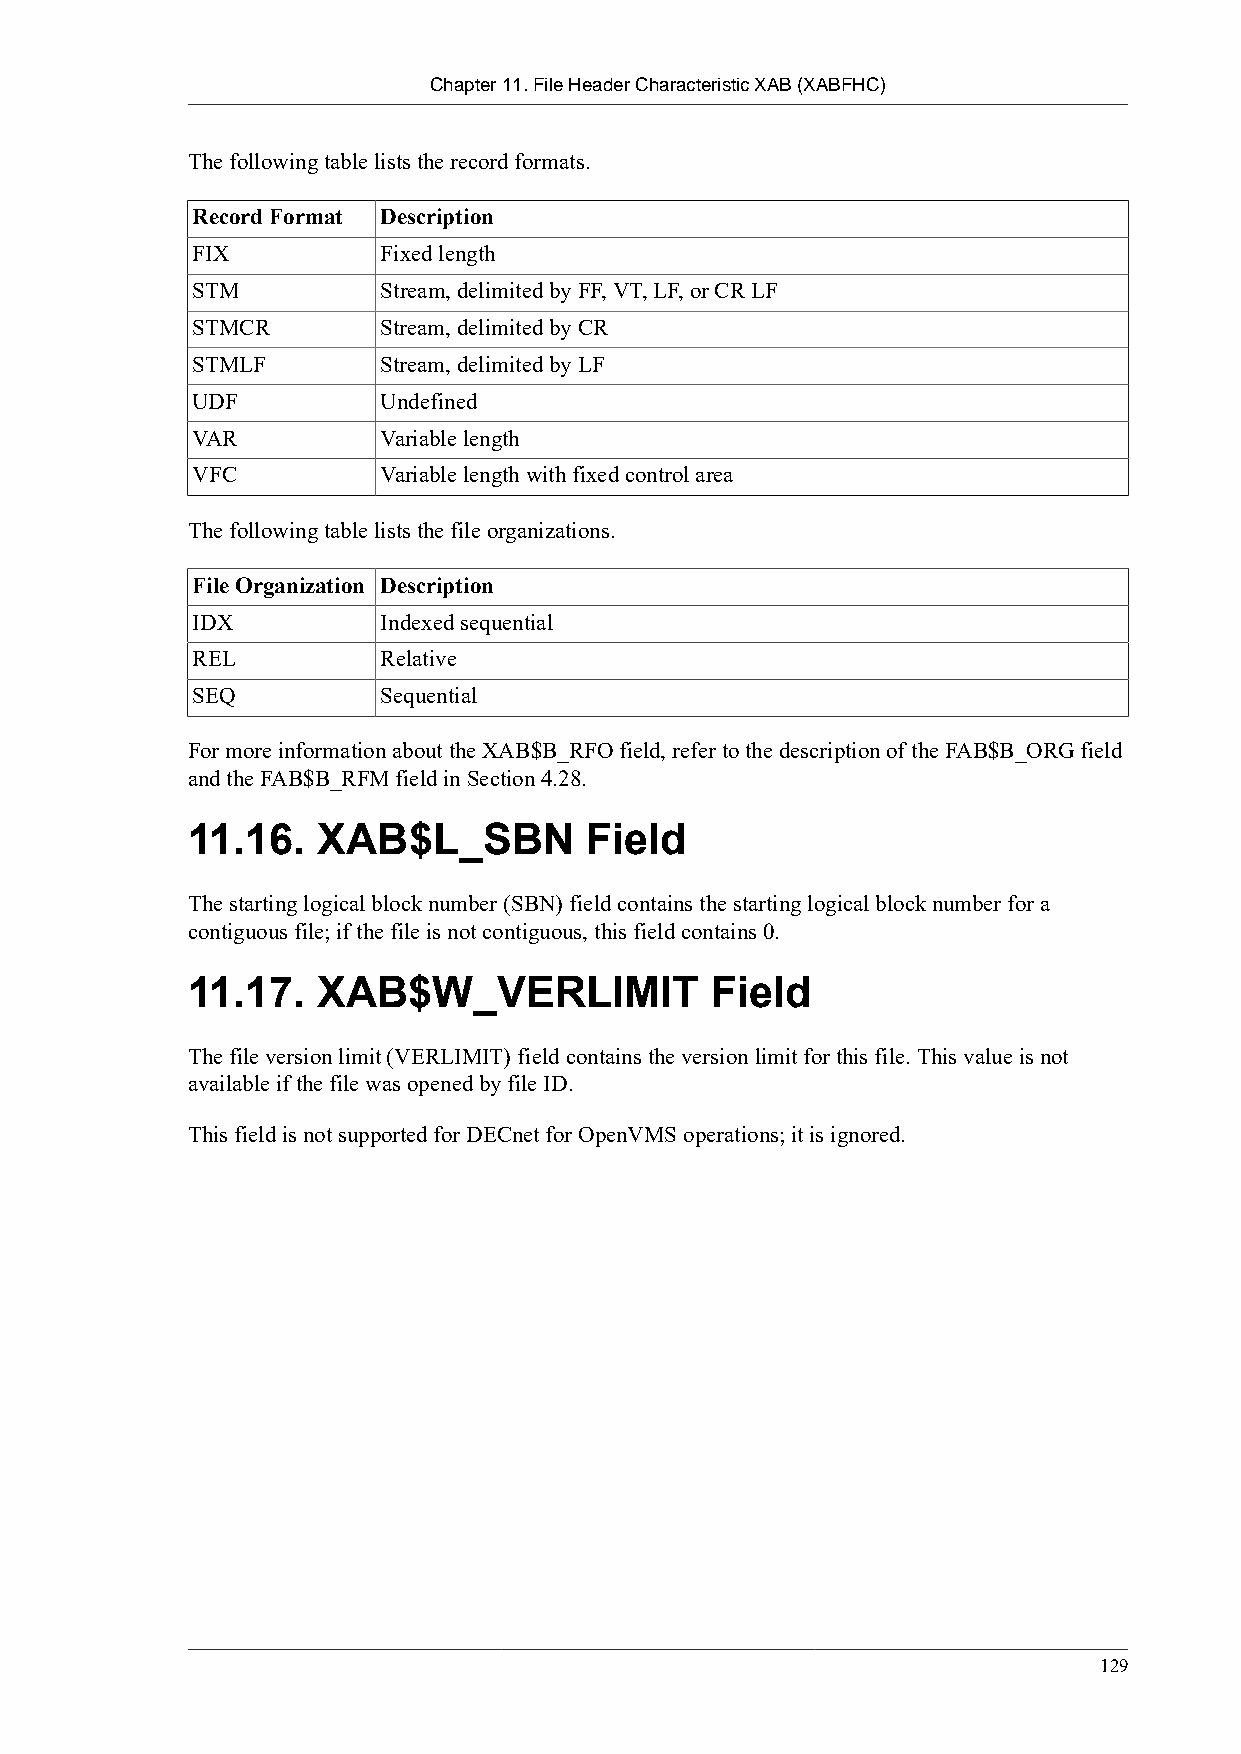
Chapter 11. File Header Characteristic XAB (XABFHC)
 The following table lists the record formats.
 Record Format Description
 FIX         Fixed length
 STM         Stream, delimited by FF, VT, LF, or CR LF
 STMCR       Stream, delimited by CR
 STMLF       Stream, delimited by LF
 UDF         Undefined
 VAR         Variable length
 VFC         Variable length with fixed control area
 The following table lists the file organizations.
 File Organization Description
 IDX         Indexed sequential
 REL         Relative
 SEQ         Sequential
 For more information about the XAB$B_RFO field, refer to the description of the FAB$B_ORG field
 and the FAB$B_RFM field in Section 4.28.
 11.16.   XAB$L_SBN         Field
 The starting logical block number (SBN) field contains the starting logical block number for a
 contiguous file; if the file is not contiguous, this field contains 0.
 11.17.   XAB$W_VERLIMIT            Field
 The file version limit (VERLIMIT) field contains the version limit for this file. This value is not
 available if the file was opened by file ID.
 This field is not supported for DECnet for OpenVMS operations; it is ignored.
 129